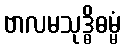
ဗာလမသုဒ္ဓိဓမ္မံ